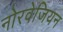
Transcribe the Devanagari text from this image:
नोरवेजियन